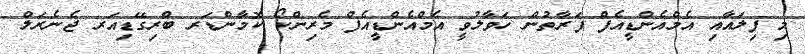
މި ފިލައާއި އެމްއެންޑީއެފް ފަރާތުން ހަވާލުވީ އެމްއެންޑީއެފް މެރިންކޯ ކޮމާންޑަރ ބްރިގޭޑިއަރ ޖެނެރަލް